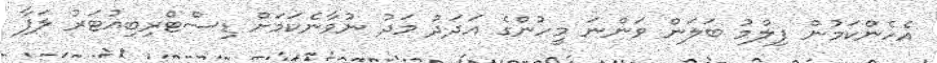
އެހެންކަމުން ފިލްމު ބަލަން ވަންނަ މީހުންގެ އަދަދު މަދު ނުވާނެކަމަށް ޑިސްޓްރިބިއުޓަރު ލަފާ